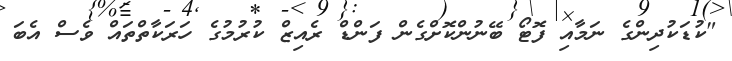
"ކުޑަކުދިންގެ ނަމާއި ފޮޓޯ ބޭނުންކޮށްގެން ފަންޑް ރެއިޒް ކުރުމުގެ ހަރަކާތްތައް ވެސް އެބަ